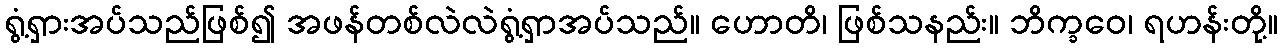
ရွံ့ရှားအပ်သည်ဖြစ်၍ အဖန်တစ်လဲလဲရွံ့ရှာအပ်သည်။ ဟောတိ၊ ဖြစ်သနည်း။ ဘိက္ခဝေ၊ ရဟန်းတို့။